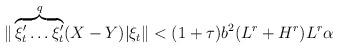
LaTeX: \begin{align*}\begin{aligned}\|\overbrace{\xi'_t\dots\xi'_t}^q(X-Y)|\xi_t\|<(1+\tau)b^2(L^r+H^r)L^r\alpha\end{aligned}\end{align*}